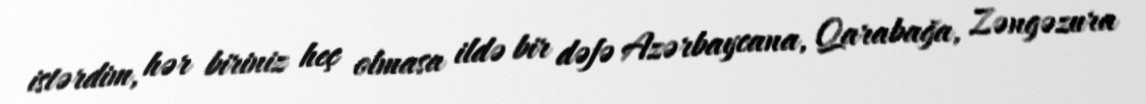
istərdim, hər biriniz heç olmasa ildə bir dəfə Azərbaycana, Qarabağa, Zəngəzura